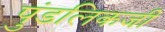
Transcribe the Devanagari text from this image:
पुंडलिकजी